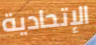
الإتحادية